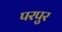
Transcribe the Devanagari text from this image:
परपुर